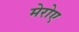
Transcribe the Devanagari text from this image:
मेरोए